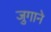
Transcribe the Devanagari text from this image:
जुगाने